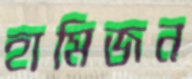
হামিজন